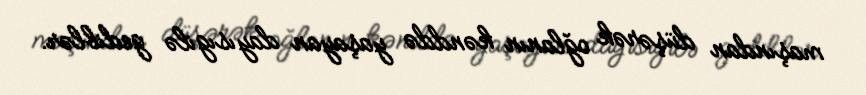
maşından düşərək oğlanın kənddə yaşayan dayısıgilə gediblər.